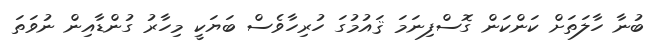
ބުނާ ހާލަތަށް ކަންކަން ގޮސްފިނަމަ ޤައުމުގަ ހުރިހާވެސް ބަޔަކީ މިހާރު ގުންޑާއިން ނުވަތަ